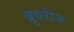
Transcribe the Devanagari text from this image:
ब्रुवरीज